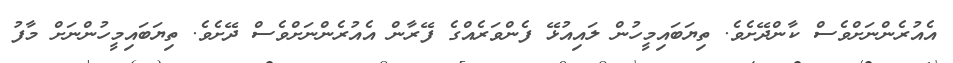
އެއުރެންނަށްވެސް ކާންދޭށެވެ. ތިޔަބައިމީހުން ލައިއުޅޭ ފެންވަރެއްގެ ފޭރާން އެއުރެންނަށްވެސް ދޭށެވެ. ތިޔަބައިމީހުންނަށް މާފު